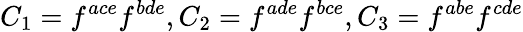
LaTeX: C_{1}=f^{ace}f^{bde},C_{2}=f^{ade}f^{bce},C_{3}=f^{abe}f^{cde}